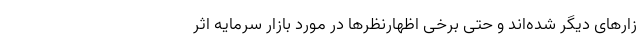
زارهای دیگر شده‌اند و حتی برخی اظهارنظرها در مورد بازار سرمایه اثر